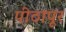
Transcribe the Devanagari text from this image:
पीठापूर